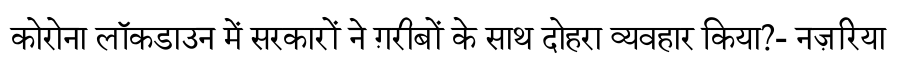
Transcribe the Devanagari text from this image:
कोरोना लॉकडाउन में सरकारों ने ग़रीबों के साथ दोहरा व्यवहार किया?- नज़रिया